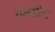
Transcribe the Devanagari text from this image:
चेल्सीचा